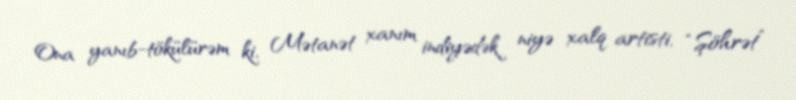
Ona yanıb-tökülürəm ki, Mətanət xanım indiyədək niyə xalq artisti, “Şöhrət”